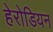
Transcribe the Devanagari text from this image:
हेरोडियन